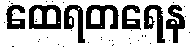
ထေရတရေန